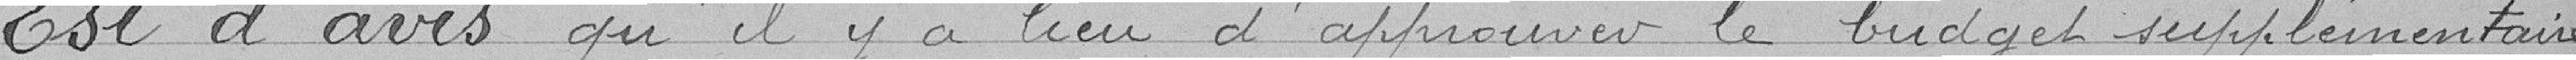
Est d'avis qu'il y a lieu d'approuver le budget supplémentaire